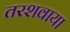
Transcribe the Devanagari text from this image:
तरशवाया